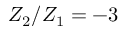
Z _ { 2 } / Z _ { 1 } = - 3